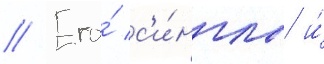
// Его́ с'и́нглы и́